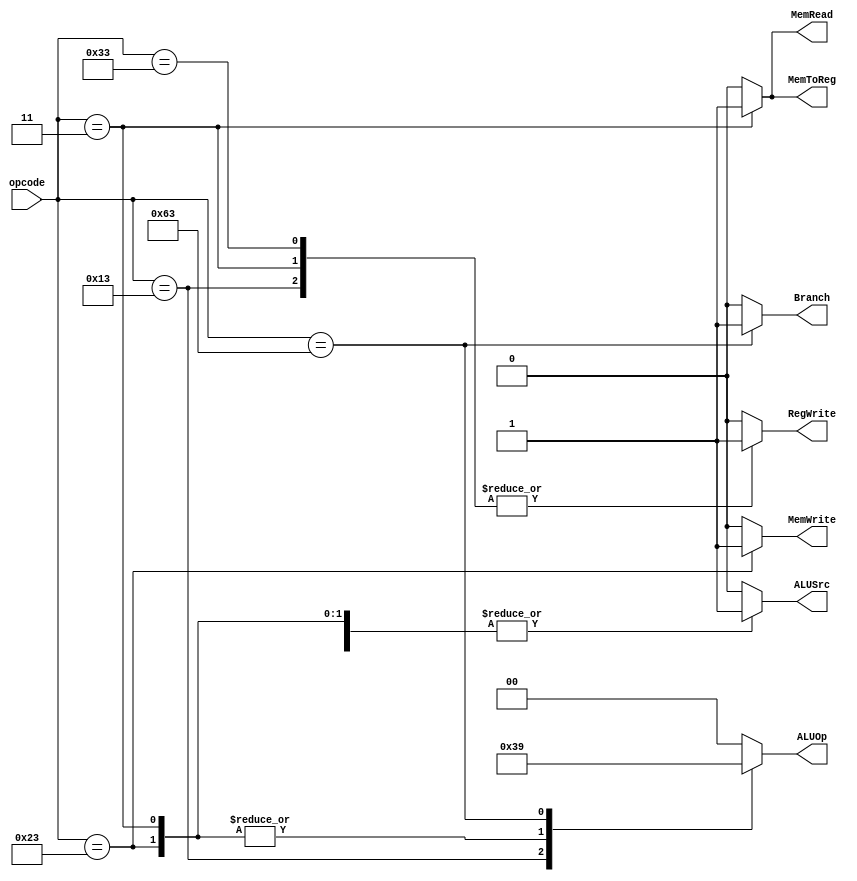
module control(
	
	input [6:0] opcode,
	
	output reg ALUSrc,
	output reg [1:0] ALUOp,
	output reg Branch,
	output reg MemRead,
	output reg MemWrite,
	output reg MemToReg,
	output reg RegWrite
);
// 
parameter R_Type = 7'b0110011;
parameter I_Type = 7'b0010011;
parameter Lw = 7'b0000011;
parameter Sw = 7'b0100011;
parameter B_Type = 7'b1100011;
parameter J_Type = 7'b1101111;

always @(opcode) begin
	case (opcode)
		R_Type: begin
			ALUSrc = 1'b0;
			ALUOp = 2'b00;
			Branch = 1'b0;
			MemRead = 1'b0;
			MemWrite = 1'b0;
			MemToReg = 1'b0;
			RegWrite = 1'b1;
		end
		I_Type: begin
			ALUSrc = 1'b1;
			ALUOp = 2'b11;
			Branch = 1'b0;
			MemRead = 1'b0;
			MemWrite = 1'b0;
			MemToReg = 1'b0;
			RegWrite = 1'b1;
		end
		Lw: begin
			ALUSrc = 1'b1;
			ALUOp = 2'b10;
			Branch = 1'b0;
			MemRead = 1'b1;
			MemWrite = 1'b0;
			MemToReg = 1'b1;
			RegWrite = 1'b1;
		end
		Sw: begin
			ALUSrc = 1'b1;
			ALUOp = 2'b10;
			Branch = 1'b0;
			MemRead = 1'b0;
			MemWrite = 1'b1;
			MemToReg = 1'b0;
			RegWrite = 1'b0;
		end
		B_Type: begin
			ALUSrc = 1'b0;
			ALUOp = 2'b01;
			Branch = 1'b1;
			MemRead = 1'b0;
			MemWrite = 1'b0;
			MemToReg = 1'b0;
			RegWrite = 1'b0;
		end
		default begin
			ALUSrc = 1'b0;
			ALUOp = 2'b00;
			Branch = 1'b0;
			MemRead = 1'b0;
			MemWrite = 1'b0;
			MemToReg = 1'b0;
			RegWrite = 1'b0;
		end
	endcase
end

endmodule